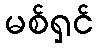
မစ်ရှင်